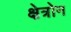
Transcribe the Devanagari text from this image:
क्षेत्रोन